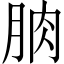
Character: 朒